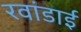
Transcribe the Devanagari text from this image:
रवांडाई